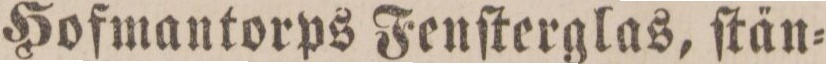
Hofmantorps Fenſterglas, ſtän=